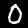
Label: 0